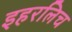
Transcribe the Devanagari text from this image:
इहरलिच